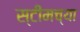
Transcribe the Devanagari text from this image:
स्टीमच्या